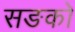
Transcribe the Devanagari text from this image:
सङको